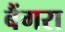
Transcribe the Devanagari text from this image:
बैंगरा